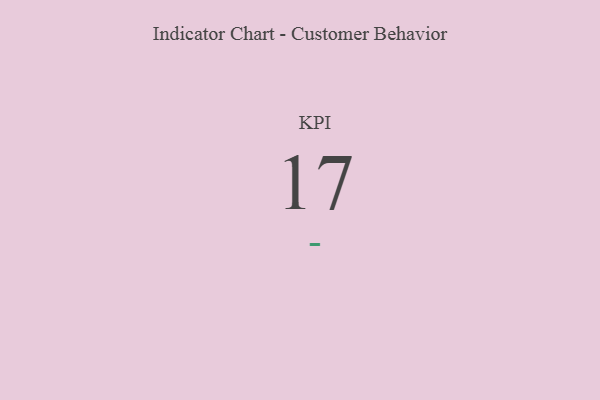
{"axis": {"x": "KPI", "y": "Value"}, "legend": [""], "data": [{"x": "KPI", "y": 17, "type": ""}]}